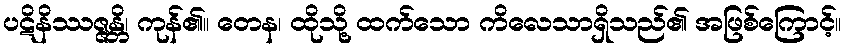
ပဋိနိဿဇ္ဇန္တိ၊ ကုန်၏။ တေန၊ ထိုသို့ ထက်သော ကိလေသာရှိသည်၏ အဖြစ်ကြောင့်။